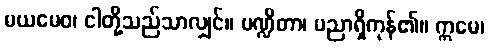
မယမေဝ၊ ငါတို့သည်သာလျှင်။ ပဏ္ဍိတာ၊ ပညာရှိကုန်၏။ ဣမေ၊